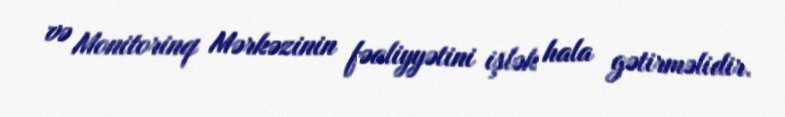
və Monitorinq Mərkəzinin fəaliyyətini işlək hala gətirməlidir.